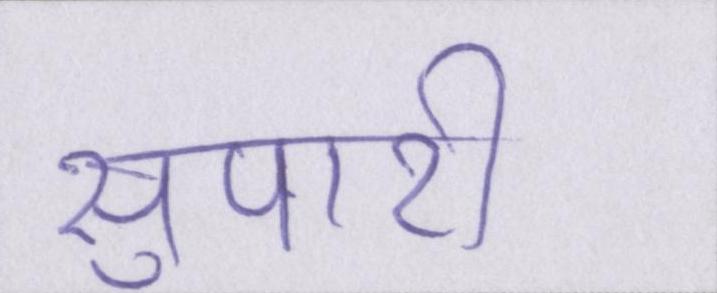
सुपारी